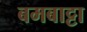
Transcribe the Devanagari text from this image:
बमबाट्टा